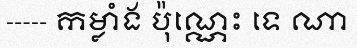
----- កម្លាំង ប៉ុណ្ណេះ ទេ ណា